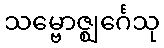
သမ္ဗောဇ္ဈင်္ဂေသု